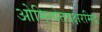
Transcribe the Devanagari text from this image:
ओमित्येतदक्षरमिद